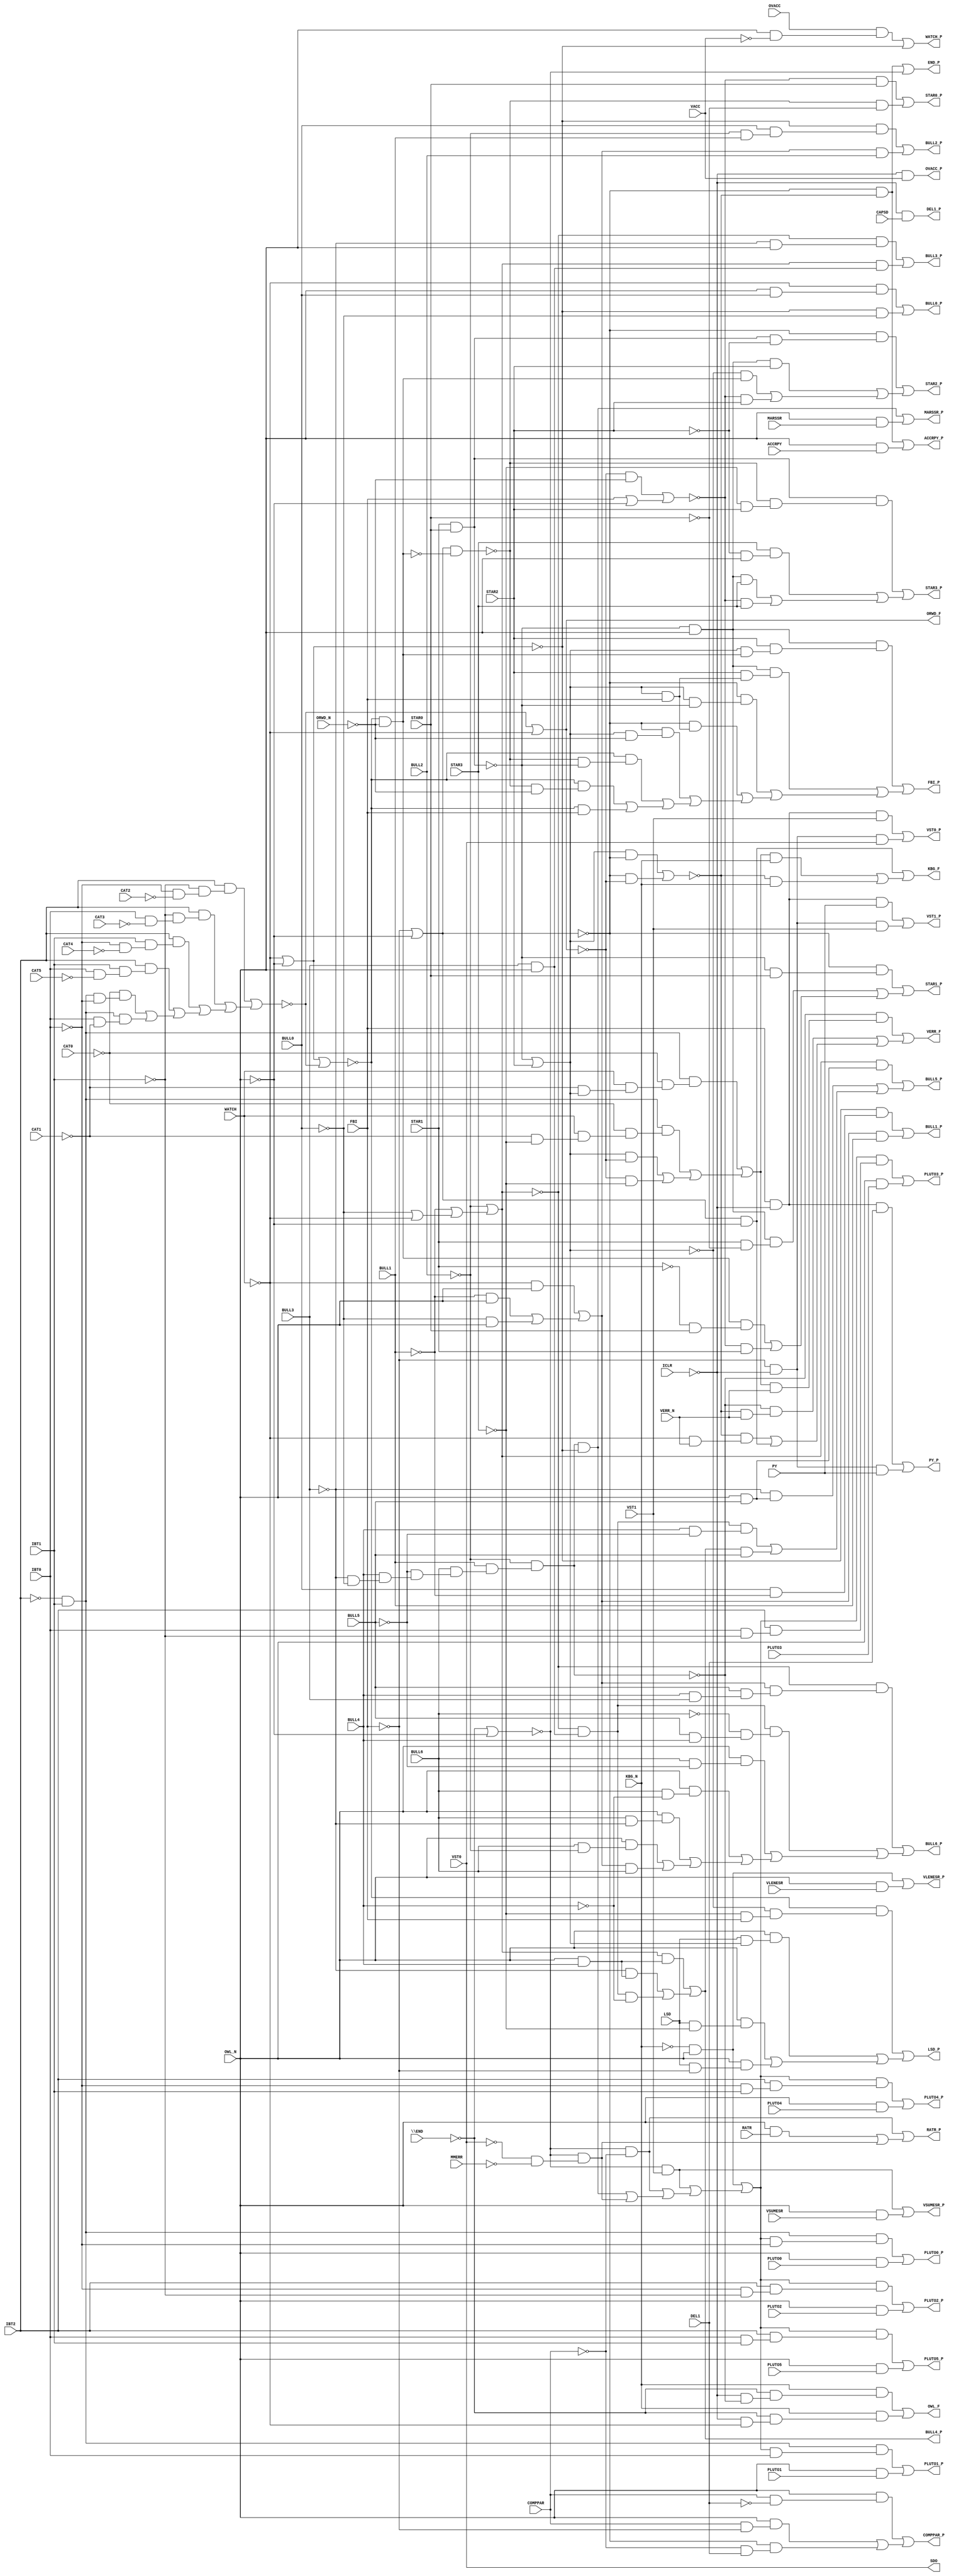
// IWLS benchmark module "apex7" printed on Wed May 29 16:27:39 2002
module apex7(CAPSD, CAT0, CAT1, CAT2, CAT3, CAT4, CAT5, VACC, MMERR, IBT0, IBT1, IBT2, ICLR, LSD, ACCRPY, VERR_N, RATR, MARSSR, VLENESR, VSUMESR, PLUTO0, PLUTO1, PLUTO2, PLUTO3, PLUTO4, PLUTO5, ORWD_N, OWL_N, PY, \END , FBI, WATCH, OVACC, KBG_N, DEL1, COMPPAR, VST0, VST1, STAR0, STAR1, STAR2, STAR3, BULL0, BULL1, BULL2, BULL3, BULL4, BULL5, BULL6, SDO, LSD_P, ACCRPY_P, VERR_F, RATR_P, MARSSR_P, VLENESR_P, VSUMESR_P, PLUTO0_P, PLUTO1_P, PLUTO2_P, PLUTO3_P, PLUTO4_P, PLUTO5_P, ORWD_F, OWL_F, PY_P, END_P, FBI_P, WATCH_P, OVACC_P, KBG_F, DEL1_P, COMPPAR_P, VST0_P, VST1_P, STAR0_P, STAR1_P, STAR2_P, STAR3_P, BULL0_P, BULL1_P, BULL2_P, BULL3_P, BULL4_P, BULL5_P, BULL6_P);
input
  PLUTO0,
  PLUTO1,
  PLUTO2,
  PLUTO3,
  PLUTO4,
  PLUTO5,
  PY,
  VST0,
  VST1,
  VLENESR,
  BULL0,
  BULL1,
  BULL2,
  BULL3,
  BULL4,
  BULL5,
  BULL6,
  MMERR,
  VERR_N,
  MARSSR,
  \END ,
  WATCH,
  FBI,
  STAR0,
  STAR1,
  STAR2,
  STAR3,
  ACCRPY,
  IBT0,
  IBT1,
  IBT2,
  VSUMESR,
  KBG_N,
  CAPSD,
  CAT0,
  CAT1,
  CAT2,
  CAT3,
  CAT4,
  CAT5,
  ICLR,
  OWL_N,
  ORWD_N,
  OVACC,
  VACC,
  RATR,
  LSD,
  DEL1,
  COMPPAR;
output
  VLENESR_P,
  VST1_P,
  COMPPAR_P,
  BULL5_P,
  END_P,
  PY_P,
  VERR_F,
  PLUTO4_P,
  VSUMESR_P,
  BULL0_P,
  LSD_P,
  STAR2_P,
  SDO,
  PLUTO5_P,
  BULL3_P,
  WATCH_P,
  FBI_P,
  PLUTO2_P,
  MARSSR_P,
  BULL6_P,
  KBG_F,
  STAR0_P,
  PLUTO3_P,
  RATR_P,
  OVACC_P,
  BULL1_P,
  PLUTO0_P,
  STAR3_P,
  VST0_P,
  OWL_F,
  BULL4_P,
  ORWD_F,
  PLUTO1_P,
  ACCRPY_P,
  STAR1_P,
  BULL2_P,
  DEL1_P;
wire
  _2087_m_,
  \[5] ,
  \[6] ,
  \[7] ,
  \[8] ,
  \[9] ,
  \[20] ,
  C29G7,
  _80_m_,
  \[21] ,
  C1G3,
  \[22] ,
  _1015_m_,
  \[23] ,
  _1214_m_,
  _58_m__inv,
  \[24] ,
  \[25] ,
  \[26] ,
  _886_m_,
  \[27] ,
  _99_m_,
  \[28] ,
  \[29] ,
  _254_m__inv,
  TIMOT,
  _894_m_,
  _219_m_,
  \[30] ,
  _90_m_,
  \[31] ,
  C2G5,
  \[32] ,
  \[33] ,
  \[34] ,
  _260_m_,
  _226_m_,
  \[35] ,
  _873_m_,
  \[36] ,
  _44_m__inv,
  \[10] ,
  \[11] ,
  \[12] ,
  _42_m_,
  _199_m__inv,
  \[13] ,
  \[14] ,
  \[15] ,
  \[16] ,
  \[1] ,
  \[17] ,
  _89_m_,
  \[2] ,
  \[18] ,
  \[3] ,
  \[19] ,
  \[4] ;
assign
  _2087_m_ = ~_80_m_ & OWL_N,
  \[5]  = (TIMOT & ~C29G7) | (OWL_N & MARSSR),
  \[6]  = (~KBG_N & OWL_N) | (OWL_N & VLENESR),
  VLENESR_P = \[6] ,
  \[7]  = (~_58_m__inv & VST1) | (OWL_N & VSUMESR),
  VST1_P = \[25] ,
  COMPPAR_P = \[23] ,
  \[8]  = (_894_m_ & (_1015_m_ & ~IBT0)) | (OWL_N & PLUTO0),
  BULL5_P = \[35] ,
  \[9]  = (_894_m_ & (_1015_m_ & IBT0)) | (OWL_N & PLUTO1),
  END_P = \[17] ,
  PY_P = \[16] ,
  VERR_F = \[3] ,
  \[20]  = ~ICLR & VACC,
  C29G7 = ~WATCH | ~OWL_N,
  _80_m_ = STAR1 & STAR0,
  \[21]  = (_219_m_ & ~OWL_N) | ((_42_m_ & KBG_N) | (~_199_m__inv & KBG_N)),
  PLUTO4_P = \[12] ,
  C1G3 = (IBT2 & (~IBT1 & (~IBT0 & ~CAT2))) | ((IBT2 & (~IBT1 & (IBT0 & ~CAT3))) | ((IBT2 & (IBT1 & (~IBT0 & ~CAT4))) | ((IBT2 & (IBT1 & (IBT0 & ~CAT5))) | ((~CAT0 & (_894_m_ & ~IBT0)) | (_894_m_ & (IBT0 & ~CAT1)))))),
  VSUMESR_P = \[7] ,
  \[22]  = ~ICLR & CAPSD,
  _1015_m_ = (~KBG_N & OWL_N) | ((VST1 & ~_58_m__inv) | ((~_58_m__inv & ~COMPPAR) | ((TIMOT & ~C29G7) | _886_m_))),
  BULL0_P = \[30] ,
  LSD_P = \[1] ,
  \[23]  = (OWL_N & (COMPPAR & ~DEL1)) | ((OWL_N & (COMPPAR & ~FBI)) | (~_219_m_ & (~COMPPAR & DEL1))),
  _1214_m_ = (~WATCH & OWL_N) | ((~BULL1 & OWL_N) | (~BULL0 & OWL_N)),
  _58_m__inv = ~\END  | ~OWL_N,
  \[24]  = (_90_m_ & VST1) | (_89_m_ & VST0),
  STAR2_P = \[28] ,
  \[25]  = (_90_m_ & PY) | (_89_m_ & VST1),
  \[26]  = (~_44_m__inv & STAR0) | (~_254_m__inv & ~STAR0),
  _886_m_ = ~_58_m__inv & (~VST0 & ~MMERR),
  SDO = VST0,
  \[27]  = (~_219_m_ & (~_80_m_ & STAR0)) | ((_2087_m_ & (STAR1 & ~STAR0)) | ((_99_m_ & (~STAR1 & STAR0)) | (~_44_m__inv & STAR1))),
  _99_m_ = ~_260_m_ & ~ORWD_N,
  PLUTO5_P = \[13] ,
  BULL3_P = \[33] ,
  \[28]  = (~_219_m_ & (_80_m_ & ~STAR2)) | ((_2087_m_ & STAR2) | ((~C2G5 & _99_m_) | (~_44_m__inv & STAR2))),
  WATCH_P = \[19] ,
  \[29]  = (_80_m_ & (~_254_m__inv & (~STAR3 & STAR2))) | ((STAR3 & (~STAR2 & OWL_N)) | ((_2087_m_ & STAR3) | (~_44_m__inv & STAR3))),
  FBI_P = \[18] ,
  _254_m__inv = _219_m_ & ~_99_m_,
  PLUTO2_P = \[10] ,
  MARSSR_P = \[5] ,
  TIMOT = ~BULL2 & (BULL1 & (BULL6 & (~BULL5 & (BULL4 & (~BULL3 & ~BULL0))))),
  BULL6_P = \[36] ,
  KBG_F = \[21] ,
  _894_m_ = ~IBT2 & IBT1,
  STAR0_P = \[26] ,
  _219_m_ = ~FBI | ~OWL_N,
  \[30]  = (~WATCH & (OWL_N & BULL0)) | (~C29G7 & ~BULL0),
  _90_m_ = FBI & ~ICLR,
  \[31]  = (~C29G7 & (BULL0 & ~BULL1)) | (_1214_m_ & BULL1),
  PLUTO3_P = \[11] ,
  RATR_P = \[4] ,
  C2G5 = ~_80_m_ | STAR2,
  OVACC_P = \[20] ,
  \[32]  = (~C29G7 & (BULL0 & (~BULL2 & BULL1))) | (_1214_m_ & BULL2),
  BULL1_P = \[31] ,
  \[33]  = (~_226_m_ & (~BULL3 & OWL_N)) | (_226_m_ & (BULL3 & OWL_N)),
  PLUTO0_P = \[8] ,
  \[34]  = (_226_m_ & (OWL_N & BULL4)) | ((~BULL3 & (OWL_N & BULL4)) | (_873_m_ & ~BULL4)),
  _260_m_ = C29G7 | ~C1G3,
  _226_m_ = ~BULL2 | (~BULL1 | (~BULL0 | ~WATCH)),
  STAR3_P = \[29] ,
  \[35]  = (_226_m_ & (OWL_N & BULL5)) | ((~BULL3 & (OWL_N & BULL5)) | ((_873_m_ & (BULL4 & ~BULL5)) | (\[34]  & BULL5))),
  _873_m_ = ~_226_m_ & (BULL3 & OWL_N),
  \[36]  = (~_226_m_ & (_1214_m_ & (BULL5 & (BULL4 & BULL3)))) | ((_873_m_ & (~BULL6 & (BULL5 & BULL4))) | ((OWL_N & (BULL6 & ~BULL5)) | ((OWL_N & (BULL6 & ~BULL4)) | ((OWL_N & (BULL6 & ~BULL3)) | ((OWL_N & (BULL6 & ~BULL2)) | (_1214_m_ & BULL6)))))),
  VST0_P = \[24] ,
  OWL_F = \[15] ,
  _44_m__inv = (~\[14]  & ~ORWD_N) | (FBI | ~OWL_N),
  BULL4_P = \[34] ,
  ORWD_F = \[14] ,
  PLUTO1_P = \[9] ,
  \[10]  = (_1015_m_ & (IBT2 & (~IBT0 & ~IBT1))) | (OWL_N & PLUTO2),
  ACCRPY_P = \[2] ,
  \[11]  = (_1015_m_ & (IBT2 & (IBT0 & ~IBT1))) | (OWL_N & PLUTO3),
  \[12]  = (_1015_m_ & (IBT2 & (~IBT0 & IBT1))) | (OWL_N & PLUTO4),
  _42_m_ = (_894_m_ & (~CAT0 & (WATCH & (~CAT1 & C2G5)))) | ((_894_m_ & (~CAT0 & (WATCH & (~CAT1 & ~STAR3)))) | ((C2G5 & ~\[14] ) | (~\[14]  & ~STAR3))),
  _199_m__inv = (C2G5 & ~_219_m_) | (~_219_m_ & ~\[14] ),
  \[13]  = (_1015_m_ & (IBT2 & (IBT0 & IBT1))) | (OWL_N & PLUTO5),
  \[14]  = ~C1G3 | ~WATCH,
  STAR1_P = \[27] ,
  \[15]  = (KBG_N & (~\END  & (~ICLR & ~TIMOT))) | (KBG_N & (~\END  & (~ICLR & ~WATCH))),
  \[16]  = (_90_m_ & DEL1) | (_89_m_ & PY),
  \[1]  = (~_260_m_ & (~C2G5 & (~STAR3 & FBI))) | ((OWL_N & (LSD & C2G5)) | ((OWL_N & (LSD & ~STAR3)) | (OWL_N & (LSD & ~FBI)))),
  \[17]  = (~_219_m_ & ~_199_m__inv) | ~_58_m__inv,
  _89_m_ = ~FBI & ~ICLR,
  \[2]  = (~_219_m_ & ~_199_m__inv) | (OWL_N & ACCRPY),
  BULL2_P = \[32] ,
  \[18]  = (_2087_m_ & (STAR2 & (C2G5 & _99_m_))) | ((_2087_m_ & (STAR2 & (C2G5 & FBI))) | ((~_219_m_ & (C2G5 & ~_80_m_)) | ((~_219_m_ & (C2G5 & FBI)) | ((~_219_m_ & (C2G5 & ~ORWD_N)) | ((~_260_m_ & (~_254_m__inv & ~_80_m_)) | ((~_260_m_ & (~_254_m__inv & ~ORWD_N)) | (~_260_m_ & FBI))))))),
  DEL1_P = \[22] ,
  \[3]  = (~TIMOT & (_42_m_ & VERR_N)) | ((~TIMOT & (~_199_m__inv & VERR_N)) | ((~_199_m__inv & (~WATCH & VERR_N)) | (_219_m_ & ~OWL_N))),
  \[19]  = (OVACC & (OWL_N & ~VACC)) | ~C29G7,
  \[4]  = (~_58_m__inv & ~COMPPAR) | ((OWL_N & RATR) | _886_m_);
endmodule